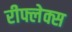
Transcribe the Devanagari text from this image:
रीफ्लेक्स